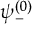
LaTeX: \psi _ { - } ^ { ( 0 ) }